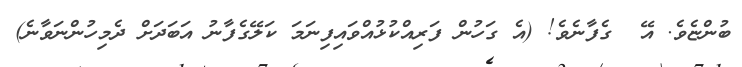
ބުންޏެވެ. އޭ  ގެފާނެވެ! (އެ ގަހުން ފަރިއްކުޅުއްވައިފިނަމަ ކަލޭގެފާނު އަބަދަށް ދެމިހުންނަވާނެ)